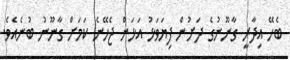
ބެހޭ އިދާރީ ގާނޫނުގެ ދަށުން ފިޔަވަޅު އަޅަން ޖެހޭނެ ކަމަށް ގާނޫނު ބުނެއެވެ.